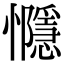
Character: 㦩